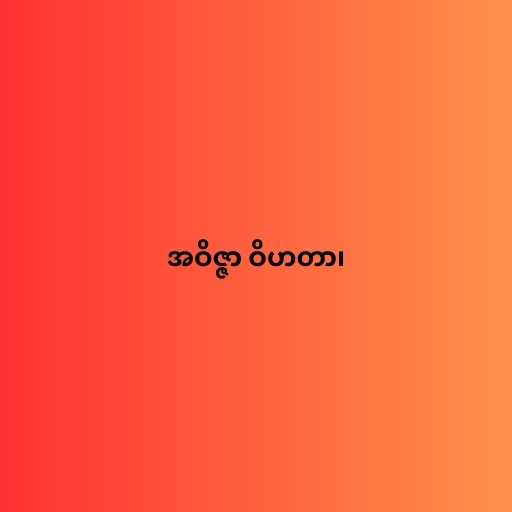
အဝိဇ္ဇာ ဝိဟတာ၊